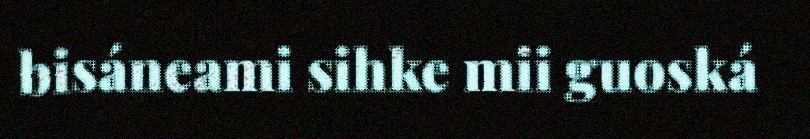
bisáneami sihke mii guoská